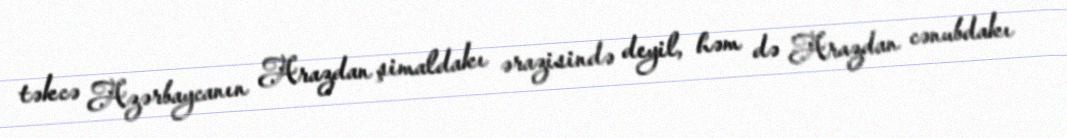
təkcə Azərbaycanın Arazdan şimaldakı ərazisində deyil, həm də Arazdan cənubdakı